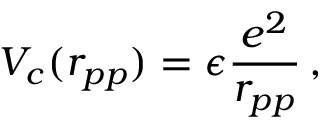
V _ { c } ( r _ { p p } ) = \epsilon \frac { e ^ { 2 } } { r _ { p p } } \, ,